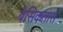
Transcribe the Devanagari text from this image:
बेसिकतास